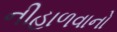
નીહાળવાનો